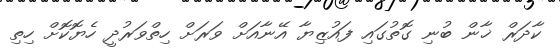
ކާދަރް ޚާން ބުނި ގޮތުގައި ފައުޒިޔާ އޭނާއަށް ވަރަށް ހިތްވަރުދީ ހެޔޮކޮށް ހިތި